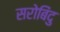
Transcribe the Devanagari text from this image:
सरोबिंदु